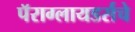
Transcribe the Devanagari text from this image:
पॅराग्लायडर्सचे